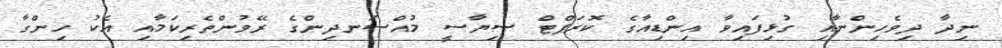
ނިދާ ދިވެހިންނާއި ގުޅިފައިވާ އިންޑިއާގެ ކޮރަޕްޓް ސިޔާސީ މުއްސަނދިންގެ ރޭވުންތެރިކަމާއި އެކު ހިންގާ